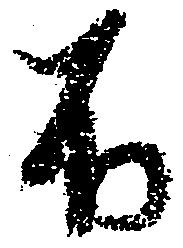
不